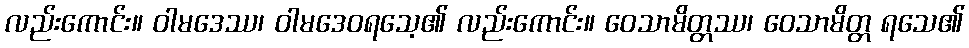
လည်းကောင်း။ ဝါမဒေဿ၊ ဝါမဒေဝရသေ့၏ လည်းကောင်း။ ဝေသာမိတ္တဿ၊ ဝေသာမိတ္တ ရသေ၏